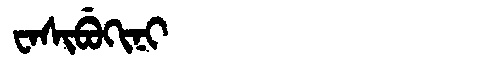
Manchu: ᠸᠠᠰᡳᠪᡠᡴᡳᠨᡳ
Romanization: WASIBUKINI